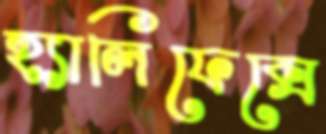
হ্যালিফেক্সে